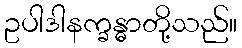
ဥပါဒါနက္ခန္ဓာတို့သည်။